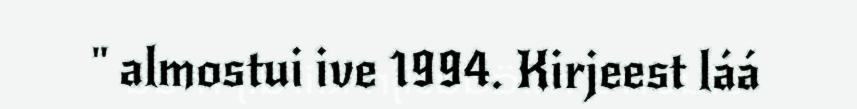
" almostui ive 1994. Kirjeest láá